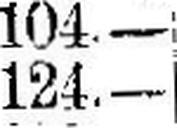
124.—